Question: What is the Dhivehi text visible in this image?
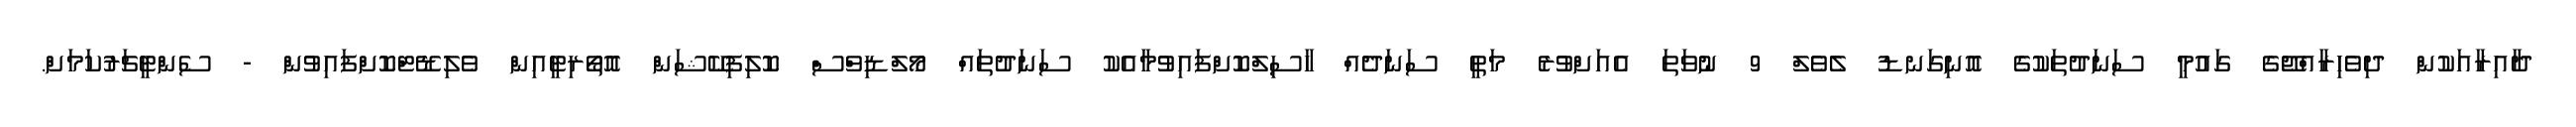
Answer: ދާއިރާއަކުން ދިވެހިރާއްޖޭގެ ގައުމީ ސަނަދުތަކުގެ އޮނިގަނޑު ލެވެލް 9 ނުވަތަ އެއަށްވުރެ މަތީ ސަނަދެއް ހާސިލްކޮށްފައިވުމާއެކު ސަނަދުތައް މޯލްޑިވްސް ކޮލިފިކޭޝަން އޮތޯރިޓީއިން ވެލިޑޭޓްކޮށްފައިވުން - ސެންޓީޗަރުކަމަށް.